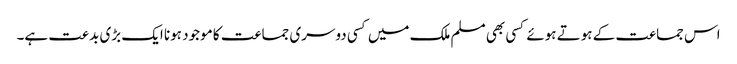
اس جماعت کے ہوتے ہوئے کسی بھی مسلم ملک میں کسی دوسری جماعت کا موجود ہونا ایک بڑی بدعت ہے۔